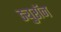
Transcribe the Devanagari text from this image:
ड्युरॉन